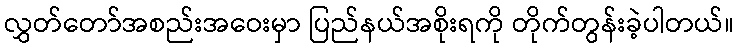
လွှတ်တော်အစည်းအဝေးမှာ ပြည်နယ်အစိုးရကို တိုက်တွန်းခဲ့ပါတယ်။